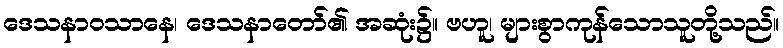
ဒေသနာဝသာနေ၊ ဒေသနာတော်၏ အဆုံး၌။ ဗဟူ၊ များစွာကုန်သောသူတို့သည်။